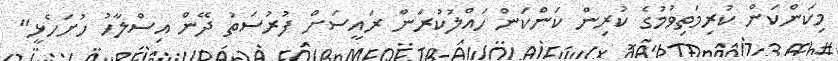
މިކަންކަން ކުރިމަތިވުމުގެ ކުރިން ކަންކަން ހައްލުކުރަން ރައީސަށް ފުރުސަތު ދޭން އިސްލާހު ހުށަހެޅީ"